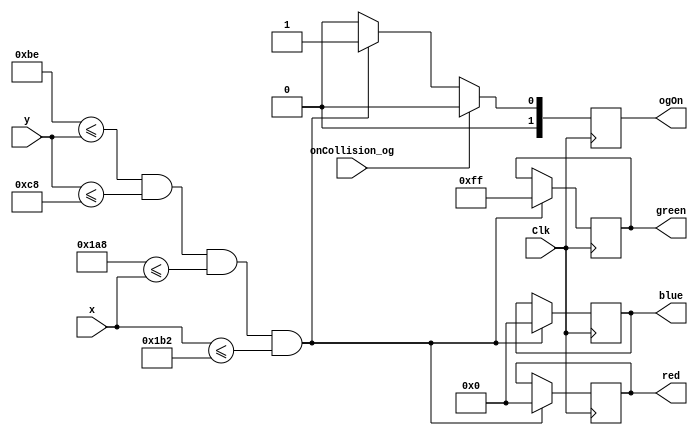
`timescale 1ns / 1ps
//////////////////////////////////////////////////////////////////////////////////
// Company: 
// Engineer: 
// 
// Design Name: 
// Module Name: ObstacleGreen
// Project Name: 
// Target Devices: 
// Tool Versions: 
// Description: 
// 
// Dependencies: 
// 
// Revision:
// Revision 0.01 - File Created
// Additional Comments:
// 
//////////////////////////////////////////////////////////////////////////////////


module ObstacleGreen(
    input wire Clk,
    input wire [9:0] x,
    input wire [9:0] y,
    output reg [7:0] red,
    output reg [7:0] green,
    output reg [7:0] blue,
    output reg [1:0] ogOn,
    input wire onCollision_og
    );
    
    parameter Gupper = 190;
    parameter Glower = 200;
    parameter Gleft = 424;
    parameter Gright = 434;
    
    always @(posedge Clk) 
        begin
            if(Gupper <= y && y <= Glower && Gleft <= x && x <= Gright) 
                begin
                    red <= 8'd0;
                    green <= 8'd255;
                    blue <= 8'd0;
                    ogOn<= 1;
                end
             else
                ogOn <= 0;
                
             if(onCollision_og == 1)
                ogOn <= 0;
        end
        
endmodule